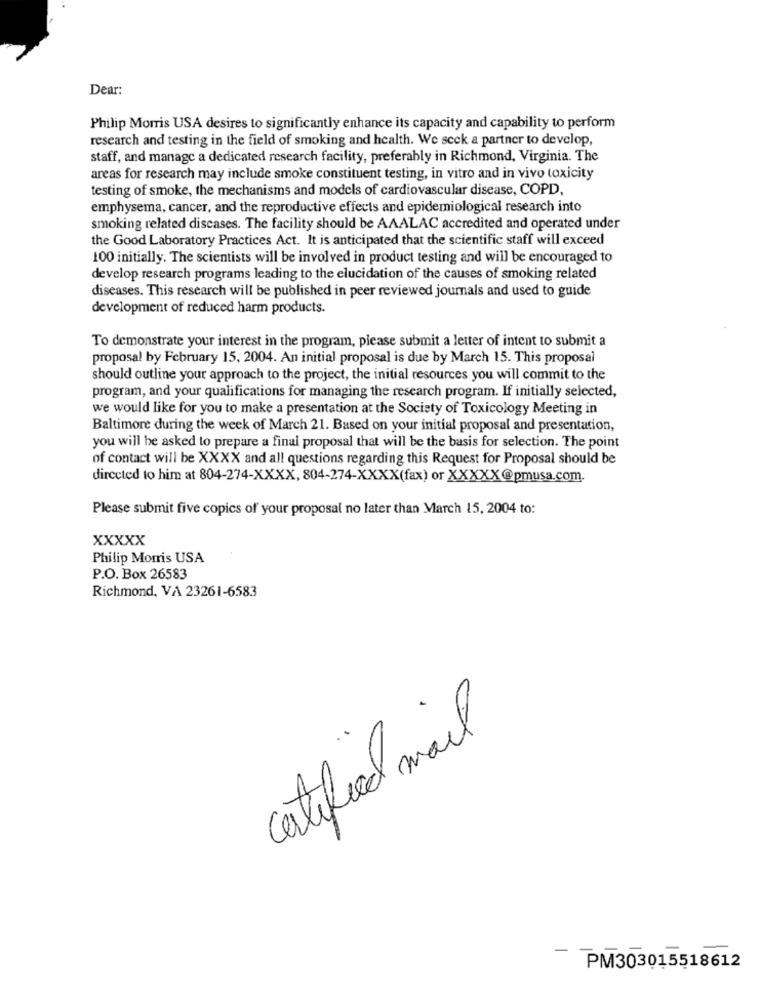
Dear:
Philip Morris USA desires to significantly enhance its capacity and capability to perform
research and testing in the field of smoking and health. We seek a partner to develop,
staff, and manage a dedicated research facility, preferably in Richmond, Virginia. The
areas for research may include smoke constituent testing, in vitro and in vivo toxicity
testing of smoke, the mechanisms and models of cardiovascular disease, COPD,
emphysema, cancer, and the reproductive effects and epidemiological research into
smoking related discases. The facility should be AAALAC accredited and operated under
the Good Laboratory Practices Act. It is anticipated that the scientific staff will exceed
100 initially. The scientists will be involved in product testing and will be encouraged to
develop research programs leading to the elucidation of the causes of smoking related
diseases. This research will be published in peer reviewed journals and used to guide
development of reduced harm products.
To demonstrate your interest in the program, please submit a letter of intent to submit a
proposal by February 15, 2004. An initial proposal is due by March 15. This proposal
should outline your approach to the project, the initial resources you will commit to the
program, and your qualifications for managing the research program. If initially selected,
we would like for you to make a presentation at the Society of Toxicology Meeting in
Baltimore during the week of March 21. Based on your initial proposal and presentation,
you will be asked to prepare a final proposal that will be the basis for selection. The point
of contact will be XXXX and all questions regarding this Request for Proposal should be
directed to him at 804-274-XXXX, 804-274-XXXX(fax) or XXXXX@pmusa.com.
Please submit five copics of your proposal no later than March 15, 2004 to:
XXXXX
Philip Morris USA
P.O. Box 26583
Richmond, VA 23261-6583
certified mail
PM303015518612